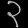
Digit: ၃